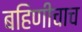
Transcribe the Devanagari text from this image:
बहिणीचाच